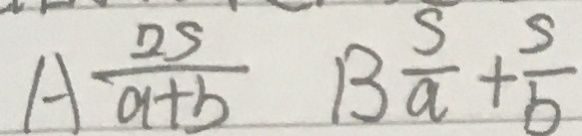
A \frac { 2 S } { a + b } B \frac { s } { a } + \frac { s } { b }